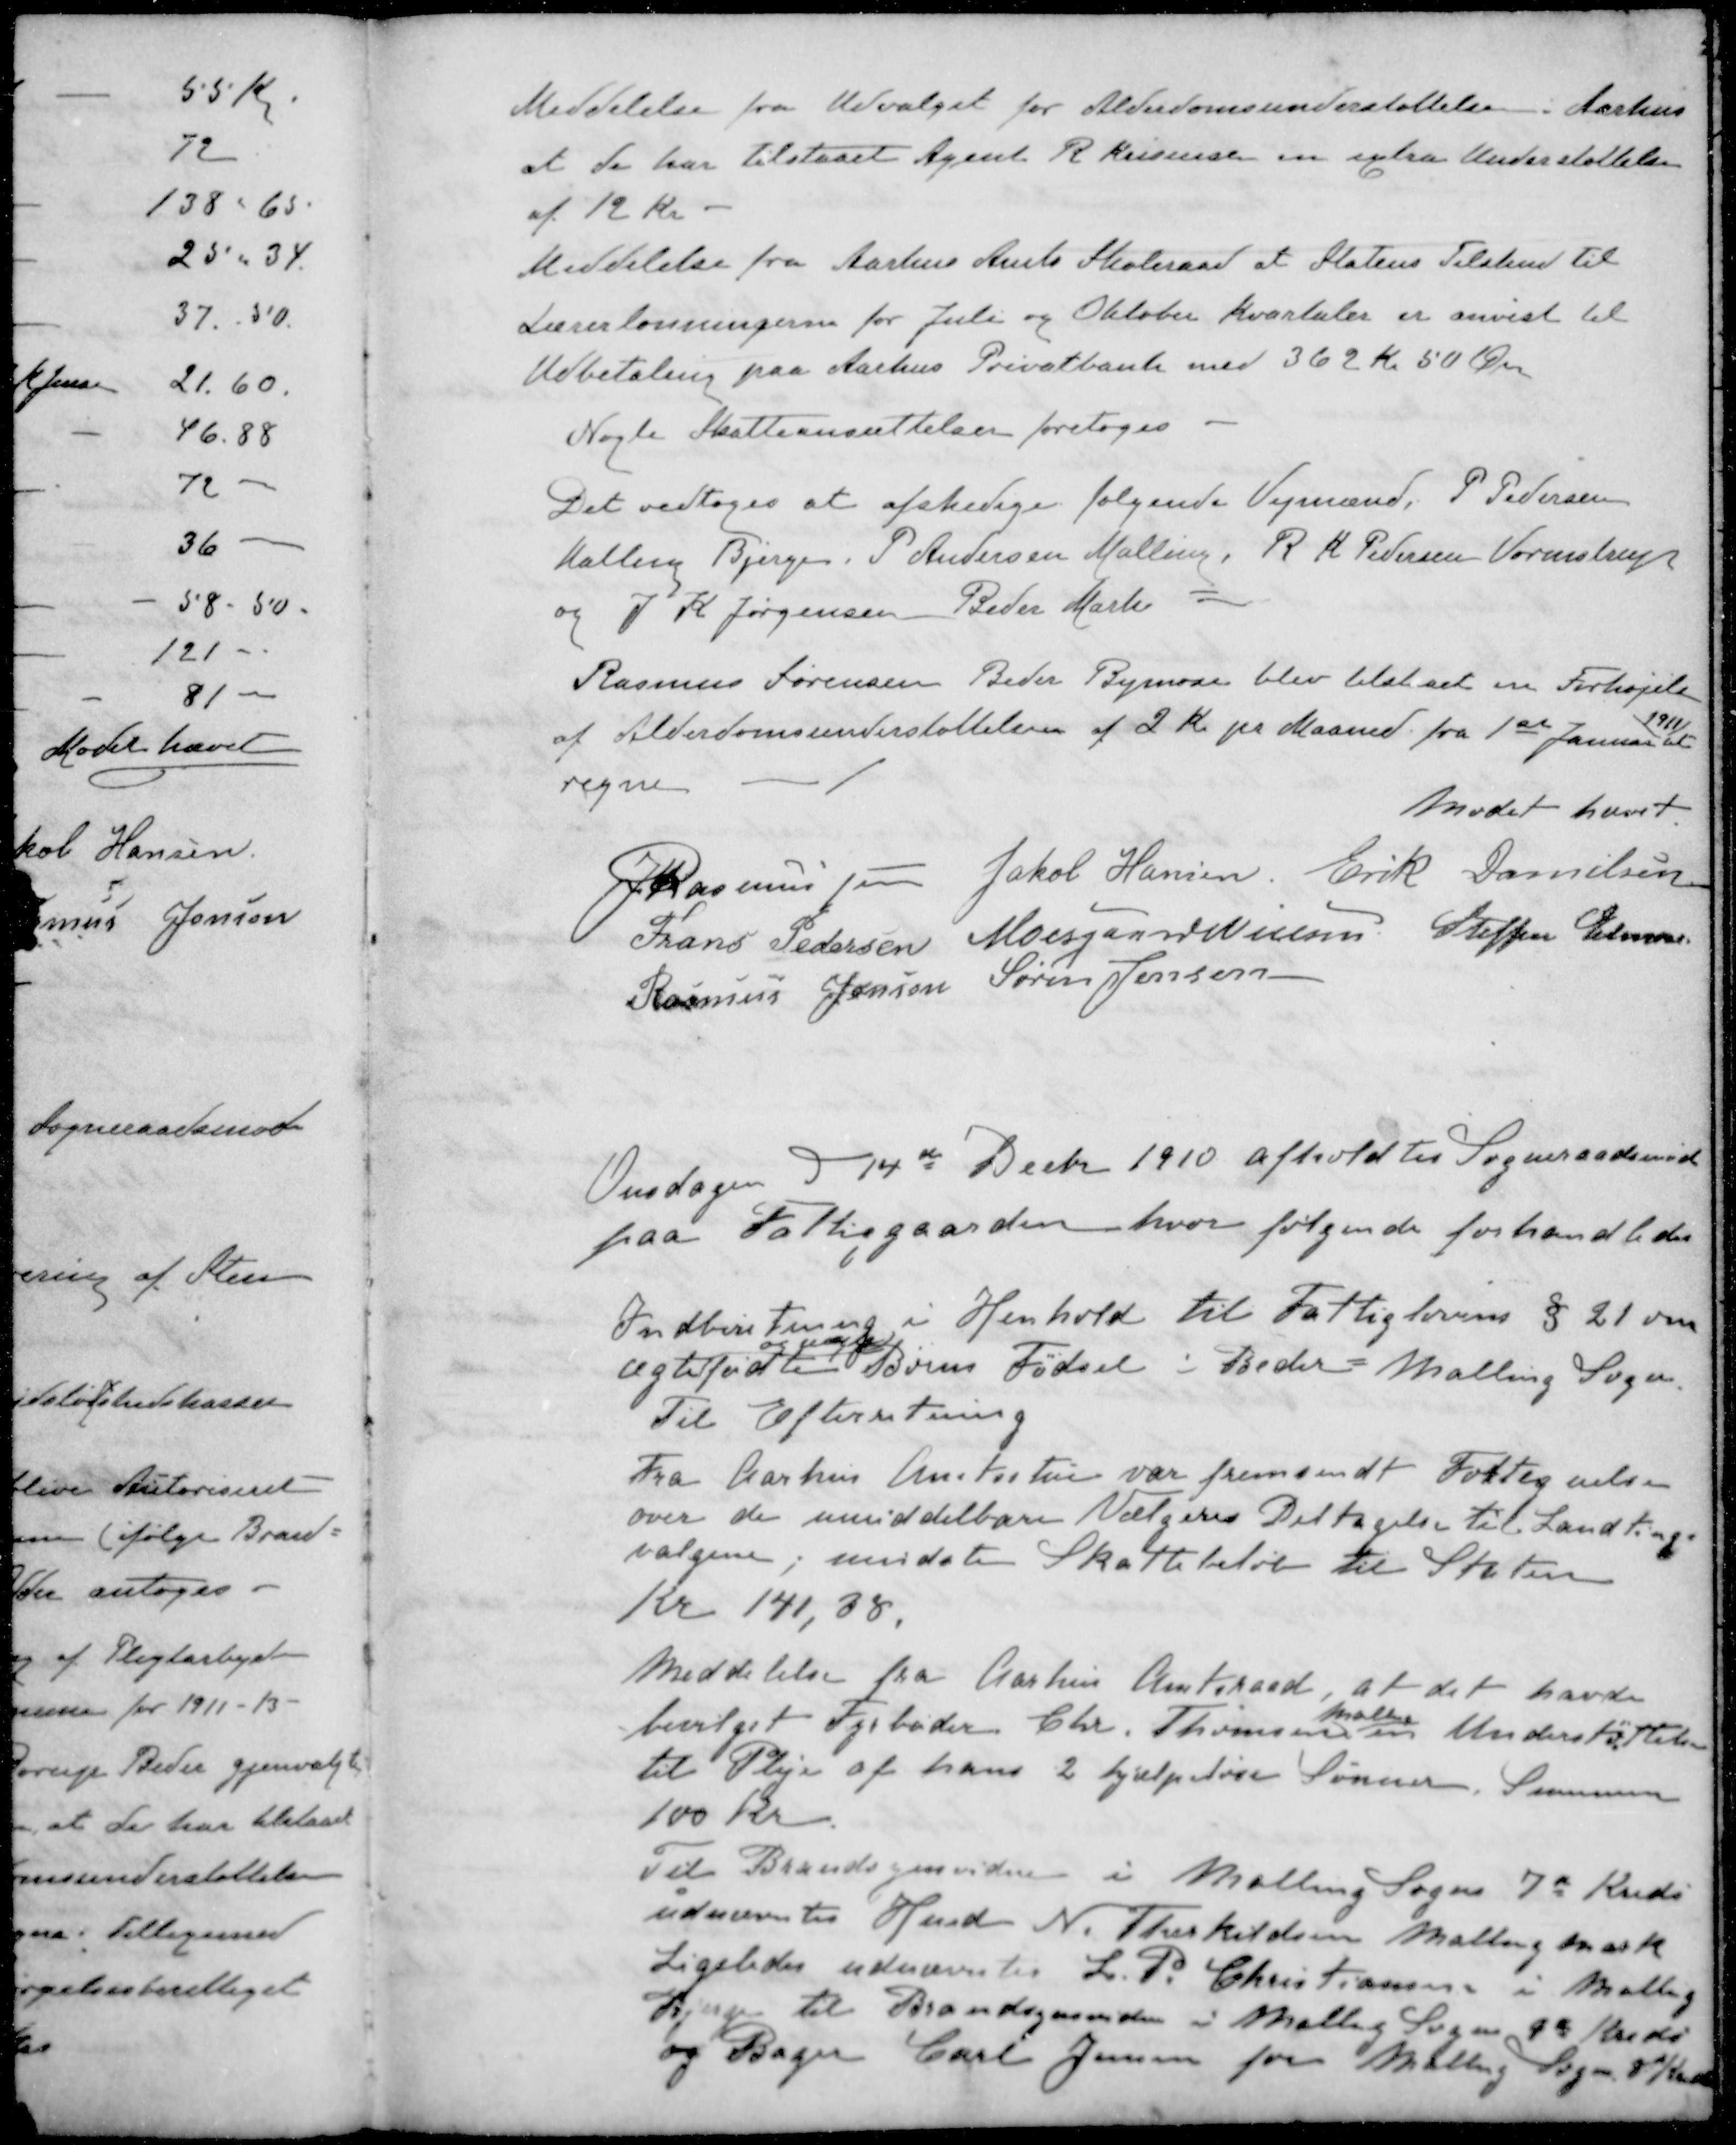
Transskription:
Meddelelse fra Udvalget for Alderdomsunderstøttelse i Aarhus
at de har tilstaaet Agent R. Krisensen en extra Understøttelse
af 12 Kr
Meddelelse fra Aarhus Amts Skoleraad at Statens Tilskud til
Lærerlønningerne for Juli og Oktober Kvartaler er anvist til
Udbetaling paa Aarhus Privatbank med 362 Kr 50 Øre
Nogle Skatteansættelser foretoges
Det vedtoges at afskedige følgende Vejmænd, P. Pedersen
Malling Bjerge. P. Andersen Malling, R. K. Pedersen Vormstrup
og J. K. Jørgensen Beder Mark
Rasmus Sørensen Beder Bymose blev tilstået en Forhøjelse
1911
af Alderdomsunderstøttelsen af 2 Kr pr Maaned fra 1st Januar at
regne
Mødet hævet
J Rasmussen
Jakob Hansen
Erik Danielsen
Frans Pedersen
Moesgaard Nielsen
Steffen Elmose
Rasmus Jensen
Søren Jensen
Onsdagen d 14de Decbr 1910 afholdtes Sogneraadsmøde
paa Fattiggaarden, hvor følgende forhandledes
Indberetning i Henhold til Fattiglovens § 21 om
uægtegte
ægtefødte Børns Fødsel i Beder Malling Sogn.
Til Efterretning
Fra Aarhus Amtsstue var fremsendt Fortegnelse
over de umiddelbare Vælgeres Deltagelse til Landting
valgene, mindste Skattebeløb til Staten
Kr 141,38.
Meddelelse fra Aarhus Amtsraad, at det havde
Malling
bevilget Fyrbøder Chr. Thomsen en Understøttelse
til Pleje af hans 2 hjælpeløse Sønner Summen
100 Kr
Til Brandsynsvidne i Malling Sogns 7de Kreds
udnævntes Hmd N. Therkildsen Malling Mark
Ligeledes udnævntes L. P. Christiansen i Malling
Bjerge til Brandsynsvidne i Malling Sogn 9d Kreds
og Bager Carl Jensen for Malling Sogn 8d Kreds